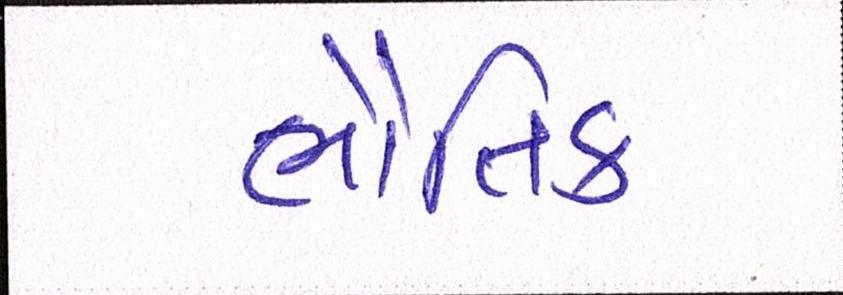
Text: ભૌતિક